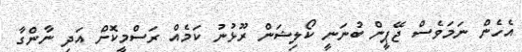
އެހެން ނަމަވެސް ޖޭޕީން ބުނަނީ ކޯލިޝަން ރޫޅުނު ކަމެއް ރަސްމީކޮށް އަދި ނާންގާ